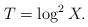
LaTeX: \begin{align*}T = \log ^2 X.\end{align*}